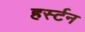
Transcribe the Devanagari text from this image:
हर्स्टन